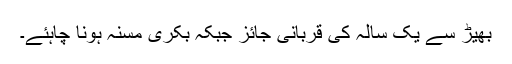
بھیڑ سے یک سالہ کی قربانی جائز جبکہ بکری مسنہ ہونا چاہئے۔